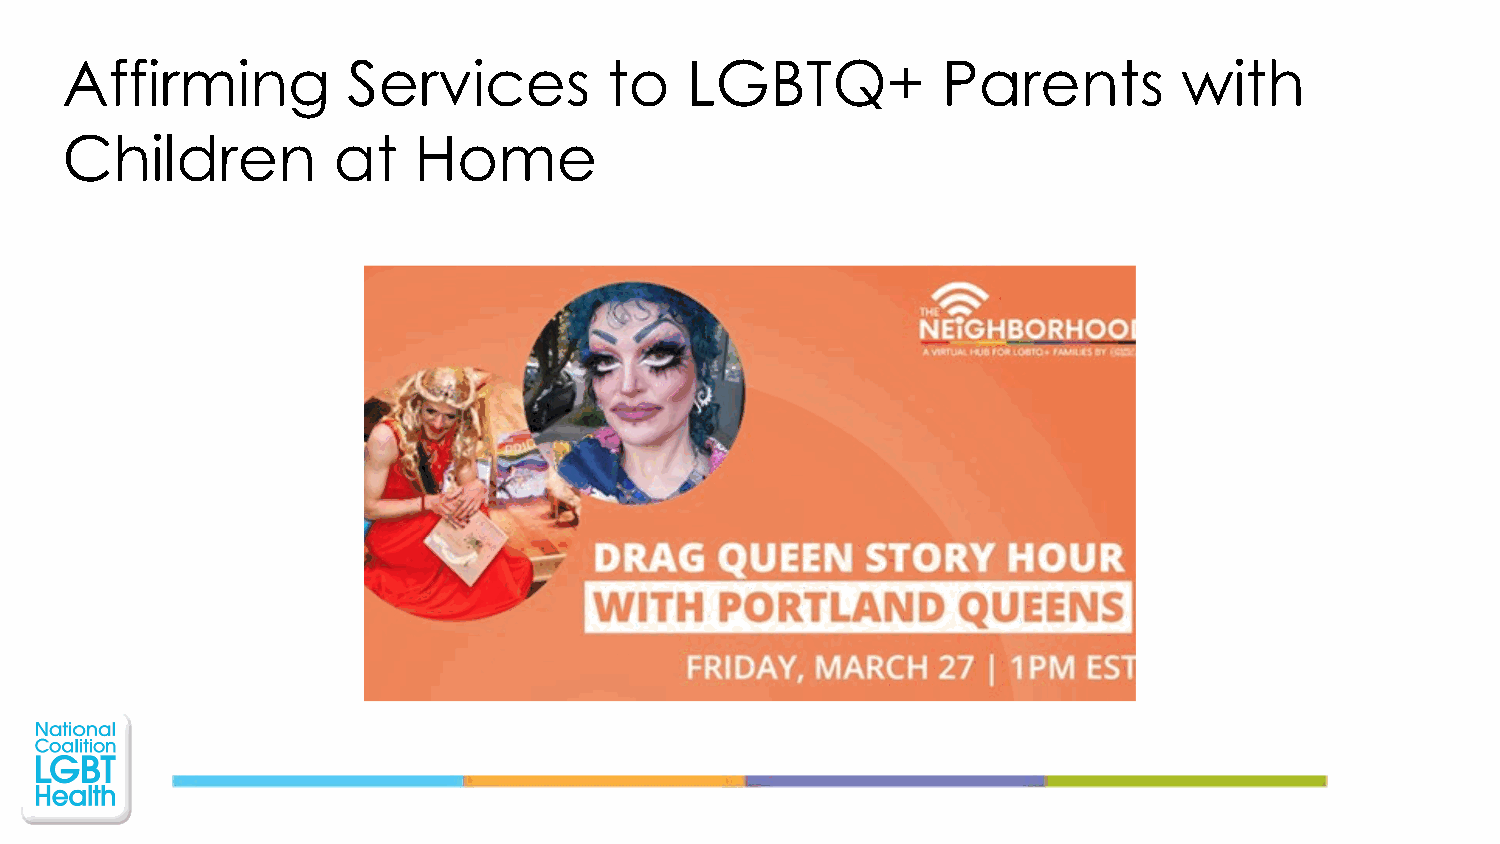
Affirming          Services         to   LGBTQ+           Parents         with
 Children          at   Home